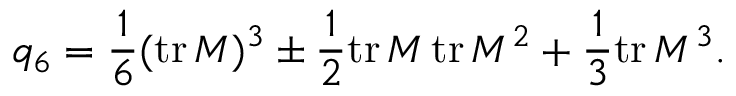
q _ { 6 } = \frac 1 6 ( \mathrm { t r } \, M ) ^ { 3 } \pm \frac 1 2 \mathrm { t r } \, M \, \mathrm { t r } \, M ^ { 2 } + \frac 1 3 \mathrm { t r } \, M ^ { 3 } .